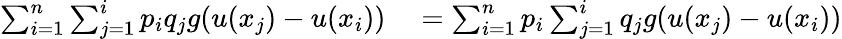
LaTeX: \begin{array}{rl}{\sum_{i=1}^{n}\sum_{j=1}^{i}p_{i}q_{j}g(u(x_{j})-u(x_{i}))}&{{}=\sum_{i=1}^{n}p_{i}\sum_{j=1}^{i}q_{j}g(u(x_{j})-u(x_{i}))}\end{array}